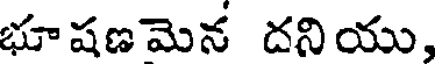
భూషణమెన దనియు,